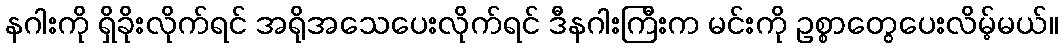
နဂါးကို ရှိခိုးလိုက်ရင် အရိုအသေပေးလိုက်ရင် ဒီနဂါးကြီးက မင်းကို ဥစ္စာတွေပေးလိမ့်မယ်။